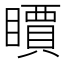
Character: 𥋣